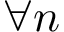
\forall n